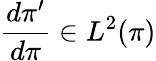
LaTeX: \frac{d\pi^{\prime}}{d\pi}\in L^{2}(\pi)